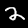
Label: 2